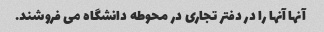
آنها آنها را در دفتر تجاری در محوطه دانشگاه می فروشند.